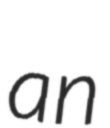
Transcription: an